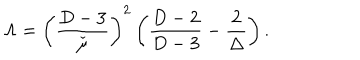
LaTeX: \Lambda = \left( \frac { D - 3 } { \check { \mu } } \right) ^ { 2 } \left( \frac { D - 2 } { D - 3 } - \frac { 2 } { \Delta } \right) .